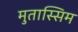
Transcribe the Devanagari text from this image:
मुतास्सिम